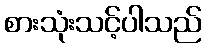
စားသုံးသင့်ပါသည်